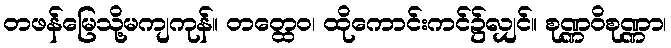
တဖန်မြေသို့မကျကုန်။ တတ္ထေဝ၊ ထိုကောင်းကင်၌လျှင်။ စုဏ္ဏဝိစုဏ္ဏာ၊